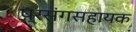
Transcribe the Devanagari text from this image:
प्रसंगसहायक